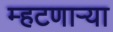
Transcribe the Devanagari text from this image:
म्हटणाऱ्या